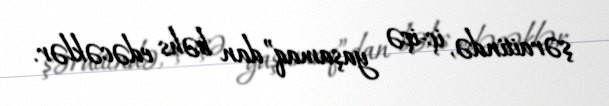
şəraitində, iç-içə yaşamaq”dan bəhs edəcəklər.